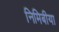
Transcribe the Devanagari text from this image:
निमिबीया